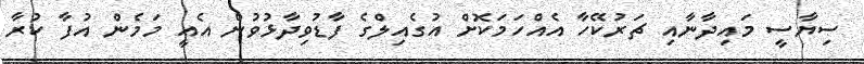
ސިޔާސީ މައިދާނާއި ޗަރުކޭހާ އެއްހަމަކޮށް އުގެއިލްގެ ފާޑުވިދާޅުވުން އެއީ މަމެން އުފާ ކުރާ